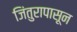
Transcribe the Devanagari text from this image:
जिंतुरापासून